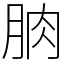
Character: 朒